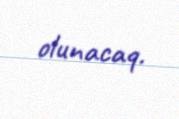
olunacaq.